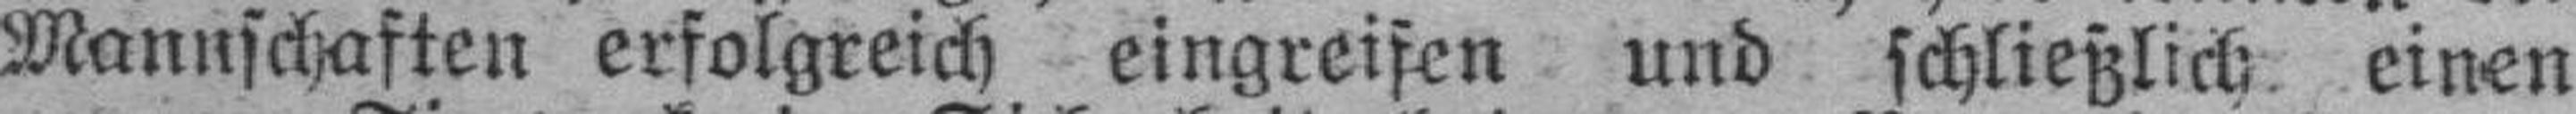
Mannschaften erfolgreich eingreifen und schließlich einen